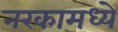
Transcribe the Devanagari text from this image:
नरकामध्ये